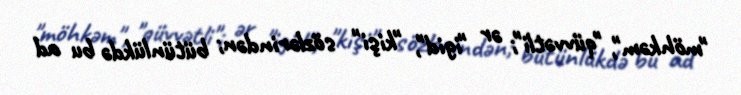
"möhkəm", "qüvvətli"; ər "igid", "kişi" sözlərindən; bütünlükdə bu ad